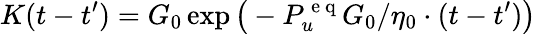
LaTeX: K(t-t^{\prime})=G_{0}\exp\big(-P_{u}^{\mathrm{~e~q~}}G_{0}/\eta_{0}\cdot(t-t^{\prime})\big)